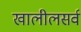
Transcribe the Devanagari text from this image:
खालीलसर्व